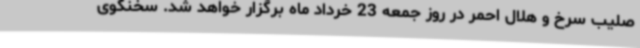
صلیب سرخ و هلال احمر در روز جمعه 23 خرداد ماه برگزار خواهد شد. سخنگوی